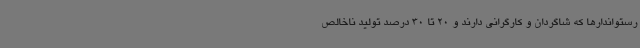
رستواندارها که شاگردان و کارگرانی دارند و 20 تا 30 درصد تولید ناخالص